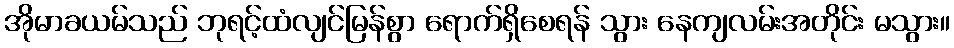
အိုမာခယမ်သည် ဘုရင့်ထံလျင်မြန်စွာ ရောက်ရှိစေရန် သွား နေကျလမ်းအတိုင်း မသွား။